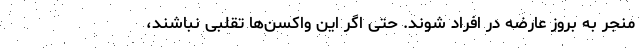
منجر به بروز عارضه در افراد شوند. حتی اگر این واکسن‌ها تقلبی نباشند،